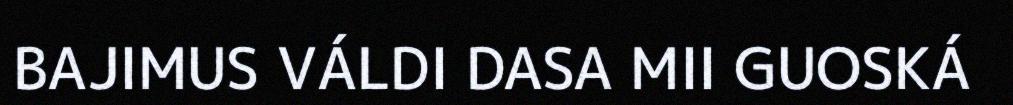
BAJIMUS VÁLDI DASA MII GUOSKÁ